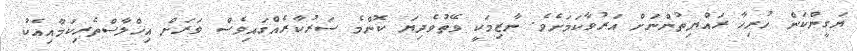
ޔަގީންކަން ހުރިހާ ރައްޔިތުންނަށް އަރުވާކަމަށެވެ. ނާޒިމަކީ ވޭތުވެދިޔަ ކޮންމެ ސަރުކާރެއްގައިވެސް ވަރަށް އިޚްލާސްތެރިކަމާއިއެކު